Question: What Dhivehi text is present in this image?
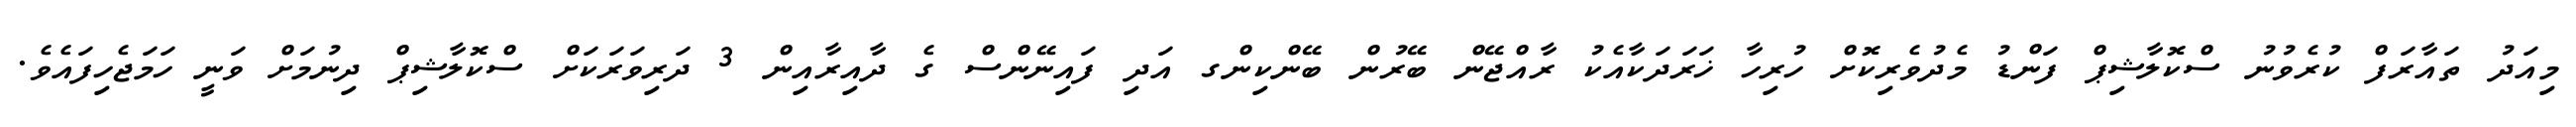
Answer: މިއަދު ތައާރަފް ކުރެވުނު ސްކޮލާޝިޕް ފަންޑު މެދުވެރިކޮށް ހުރިހާ ޚަރަދަކާއެކު ރާއްޖޭން ބޭރުން ބޭންކިންގ އަދި ފައިނޭންސް ގެ ދާއިރާއިން 3 ދަރިވަރަކަށް ސްކޮލާޝިޕް ދިނުމަށް ވަނީ ހަމަޖެހިފައެވެ.